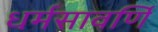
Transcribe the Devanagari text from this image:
धर्मसावर्णि